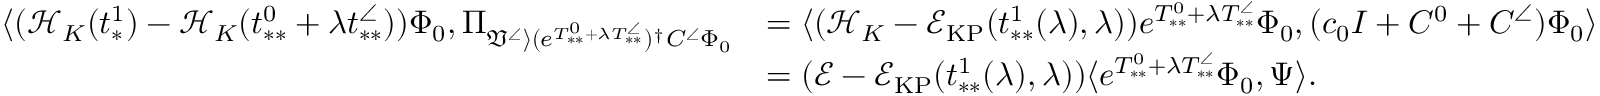
\begin{array} { r l } { \langle ( \mathcal { H } _ { K } ( t _ { * } ^ { 1 } ) - \mathcal { H } _ { K } ( t _ { * * } ^ { 0 } + \lambda t _ { * * } ^ { \angle } ) ) \Phi _ { 0 } , \Pi _ { \mathfrak { V } ^ { \angle } \rangle ( e ^ { T _ { * * } ^ { 0 } + \lambda T _ { * * } ^ { \angle } } ) ^ { \dag } C ^ { \angle } \Phi _ { 0 } } } & { = \langle ( \mathcal { H } _ { K } - \mathcal { E } _ { \mathrm { K P } } ( t _ { * * } ^ { 1 } ( \lambda ) , \lambda ) ) e ^ { T _ { * * } ^ { 0 } + \lambda T _ { * * } ^ { \angle } } \Phi _ { 0 } , ( c _ { 0 } I + C ^ { 0 } + C ^ { \angle } ) \Phi _ { 0 } \rangle } \\ & { = ( \mathcal { E } - \mathcal { E } _ { \mathrm { K P } } ( t _ { * * } ^ { 1 } ( \lambda ) , \lambda ) ) \langle e ^ { T _ { * * } ^ { 0 } + \lambda T _ { * * } ^ { \angle } } \Phi _ { 0 } , \Psi \rangle . } \end{array}